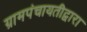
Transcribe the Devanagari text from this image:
ग्रामपंचायतीद्वारा